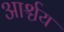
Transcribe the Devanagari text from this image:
आर्श्चय